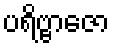
ပရိဗ္ဗာဇော